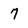
Character: 7